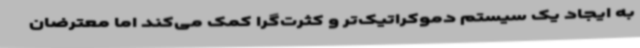
به ایجاد یک سیستم دموکراتیک‌تر و کثرت‌گرا کمک می‌کند اما معترضان